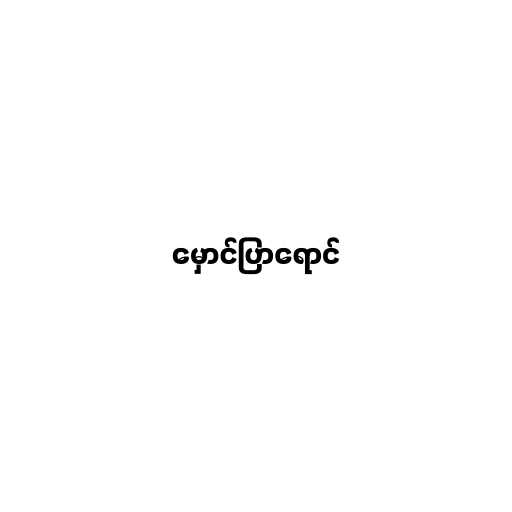
မှောင်ပြာရောင်